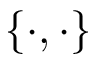
\{ \cdot , \cdot \}